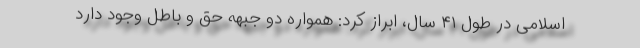
اسلامی در طول ۴۱ سال، ابراز کرد: همواره دو جبهه حق و باطل وجود دارد